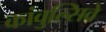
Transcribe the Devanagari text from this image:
कांवुल्सिवे